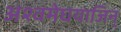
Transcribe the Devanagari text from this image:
अश्वमेघयाजिन्